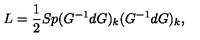
L = { \frac { 1 } { 2 } } S p ( G ^ { - 1 } d G ) _ { k } ( G ^ { - 1 } d G ) _ { k } ,